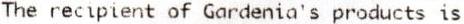
THE RECIPIENT OF GARDENIA'S PRODUCTS IS